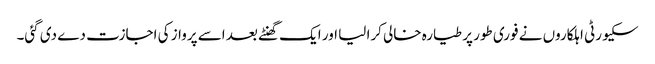
سکیورٹی اہلکاروں نے فوری طور پر طیارہ خالی کرا لیا اور ایک گھنٹے بعد اسے پرواز کی اجازت دے دی گئی۔